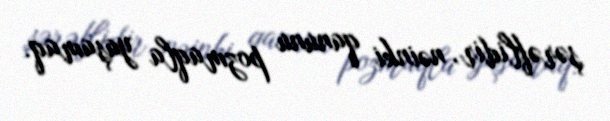
şərəflidir, nəinki qanunu pozmaqla yaşamaq.